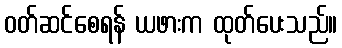
ဝတ်ဆင်စေရန် ယဖားက ထုတ်ပေးသည်။